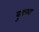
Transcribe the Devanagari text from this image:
वुडच्या